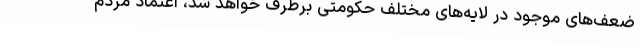
ضعف‌های موجود در لایه‌های مختلف حکومتی برطرف خواهد شد، اعتماد مردم